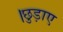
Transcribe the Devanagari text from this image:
।छुड़ाए